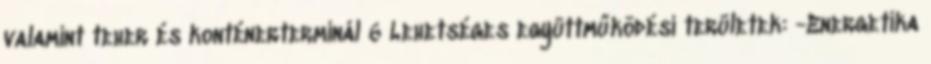
valamint teher és konténerterminál 6 Lehetséges együttműködési területek: -Energetika